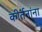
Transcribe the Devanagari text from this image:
कीर्तनांना